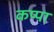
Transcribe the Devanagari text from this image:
कप्‍पा